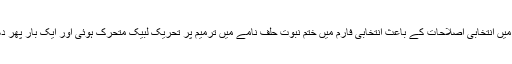
2017 میں انتخابی اصلاحات کے باعث انتخابی فارم میں ختم نبوت حلف نامے میں ترمیم پر تحریک لبیک متحرک ہوئی اور ایک بار پھر دھرنا دیا۔